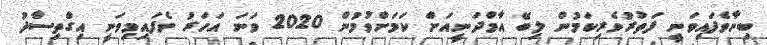
ބިނާވެފައިވަނީ ފަތުރުވެރިކަމުން ލިބޭ އާމްދަނީއަށް ކަމަށްވުމުން 2020 ވަނަ އަހަރު ވެފައިމިވަނީ އިގްތިސާދު